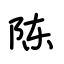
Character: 陈